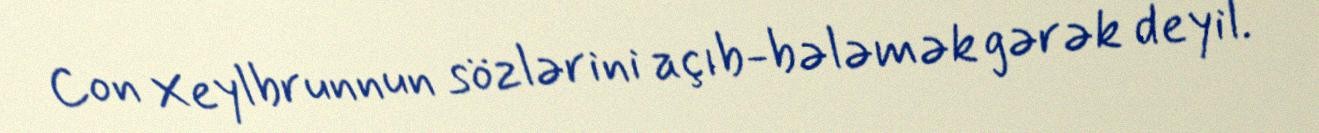
Con Xeylbrunnun sözlərini açıb-bələmək gərək deyil.